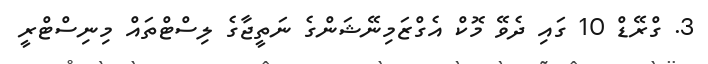
3. ގްރޭޑް 10 ގައި ދެވޭ މޮކް އެގްޒަމިނޭޝަންގެ ނަތީޖާގެ ލިސްޓްތައް މިނިސްޓްރީ